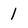
Character: 1